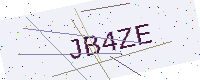
Text: JB4ZE